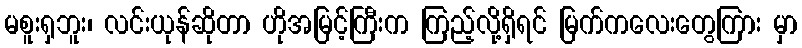
မစူးရှဘူး၊ လင်းယုန်ဆိုတာ ဟိုအမြင့်ကြီးက ကြည့်လို့ရှိရင် မြက်ကလေးတွေကြား မှာ